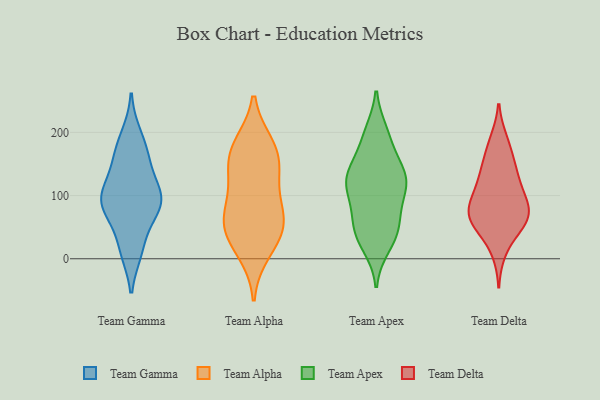
{"axis": {"x": "Active Users", "y": "Value"}, "legend": ["Team Alpha", "Team Apex", "Team Delta", "Team Gamma"], "data": [{"x": "", "y": 131, "type": "Team Gamma"}, {"x": "", "y": 86, "type": "Team Gamma"}, {"x": "", "y": 195, "type": "Team Gamma"}, {"x": "", "y": 98, "type": "Team Gamma"}, {"x": "", "y": 13, "type": "Team Gamma"}, {"x": "", "y": 71, "type": "Team Gamma"}, {"x": "", "y": 101, "type": "Team Gamma"}, {"x": "", "y": 94, "type": "Team Gamma"}, {"x": "", "y": 18, "type": "Team Gamma"}, {"x": "", "y": 84, "type": "Team Gamma"}, {"x": "", "y": 164, "type": "Team Gamma"}, {"x": "", "y": 163, "type": "Team Gamma"}, {"x": "", "y": 179, "type": "Team Alpha"}, {"x": "", "y": 74, "type": "Team Alpha"}, {"x": "", "y": 76, "type": "Team Alpha"}, {"x": "", "y": 12, "type": "Team Alpha"}, {"x": "", "y": 57, "type": "Team Alpha"}, {"x": "", "y": 167, "type": "Team Alpha"}, {"x": "", "y": 44, "type": "Team Alpha"}, {"x": "", "y": 39, "type": "Team Alpha"}, {"x": "", "y": 170, "type": "Team Alpha"}, {"x": "", "y": 138, "type": "Team Alpha"}, {"x": "", "y": 124, "type": "Team Alpha"}, {"x": "", "y": 39, "type": "Team Apex"}, {"x": "", "y": 193, "type": "Team Apex"}, {"x": "", "y": 121, "type": "Team Apex"}, {"x": "", "y": 199, "type": "Team Apex"}, {"x": "", "y": 45, "type": "Team Apex"}, {"x": "", "y": 33, "type": "Team Apex"}, {"x": "", "y": 88, "type": "Team Apex"}, {"x": "", "y": 135, "type": "Team Apex"}, {"x": "", "y": 138, "type": "Team Apex"}, {"x": "", "y": 62, "type": "Team Apex"}, {"x": "", "y": 118, "type": "Team Apex"}, {"x": "", "y": 186, "type": "Team Apex"}, {"x": "", "y": 60, "type": "Team Apex"}, {"x": "", "y": 134, "type": "Team Apex"}, {"x": "", "y": 132, "type": "Team Apex"}, {"x": "", "y": 21, "type": "Team Apex"}, {"x": "", "y": 99, "type": "Team Apex"}, {"x": "", "y": 123, "type": "Team Apex"}, {"x": "", "y": 177, "type": "Team Delta"}, {"x": "", "y": 186, "type": "Team Delta"}, {"x": "", "y": 67, "type": "Team Delta"}, {"x": "", "y": 101, "type": "Team Delta"}, {"x": "", "y": 146, "type": "Team Delta"}, {"x": "", "y": 76, "type": "Team Delta"}, {"x": "", "y": 116, "type": "Team Delta"}, {"x": "", "y": 50, "type": "Team Delta"}, {"x": "", "y": 126, "type": "Team Delta"}, {"x": "", "y": 55, "type": "Team Delta"}, {"x": "", "y": 141, "type": "Team Delta"}, {"x": "", "y": 85, "type": "Team Delta"}, {"x": "", "y": 71, "type": "Team Delta"}, {"x": "", "y": 13, "type": "Team Delta"}, {"x": "", "y": 79, "type": "Team Delta"}, {"x": "", "y": 58, "type": "Team Delta"}]}